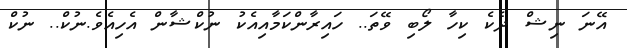
އޭނަ ނިޝް ދެކެ ކިހާ ލޯބި ވޭތަ.. ހައިރާންކަމާއިއެކު ނުކްޝާން އެހިއެވެ.ނުކް.. ނުކް